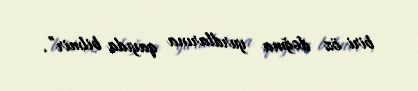
biri öz doğma yurdlarına qayıda bilmir”.